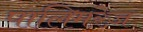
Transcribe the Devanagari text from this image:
पालिमरेज़